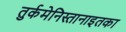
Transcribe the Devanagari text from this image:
तुर्कमेनिस्तानाइतका